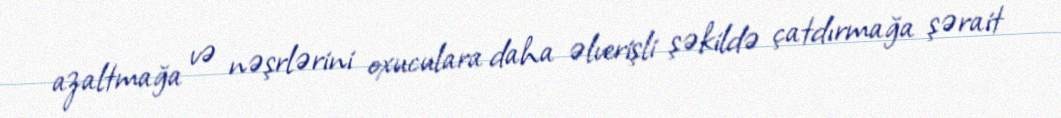
azaltmağa və nəşrlərini oxuculara daha əlverişli şəkildə çatdırmağa şərait